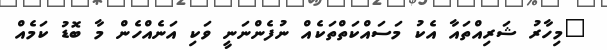
"މިހާރު ޝަރިއްތައާ އެކު މަސައްކަތްތަކެއް ނުފެންނަނީ ވަކި އަނެއްހެން މާ ބޮޑު ކަމެއް